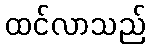
ထင်လာသည်